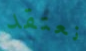
نعتقد